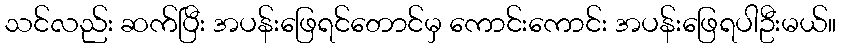
သင်လည်း ဆက်ပြီး အပန်းဖြေရင်တောင်မှ ကောင်းကောင်း အပန်းဖြေရပါဦးမယ်။